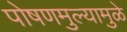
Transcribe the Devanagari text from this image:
पोषणमुल्यामुळे